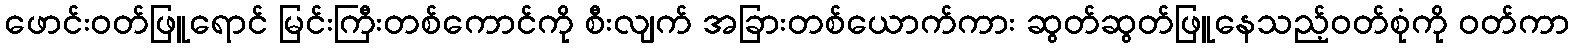
ဖောင်းဝတ်ဖြူရောင် မြင်းကြီးတစ်ကောင်ကို စီးလျက် အခြားတစ်ယောက်ကား ဆွတ်ဆွတ်ဖြူနေသည့်ဝတ်စုံကို ဝတ်ကာ